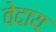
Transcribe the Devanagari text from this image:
वेदाय